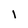
Character: 1